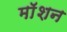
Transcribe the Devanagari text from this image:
माॅशन